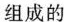
组成的